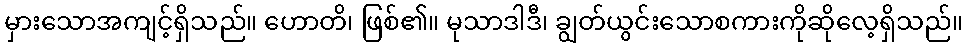
မှားသောအကျင့်ရှိသည်။ ဟောတိ၊ ဖြစ်၏။ မုသာဒါဒီ၊ ချွတ်ယွင်းသောစကားကိုဆိုလေ့ရှိသည်။